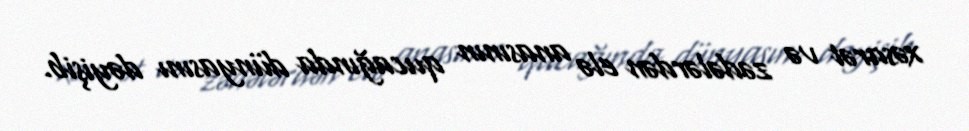
xəsarət və zədələrdən elə anasının qucağında dünyasını dəyişib.